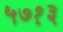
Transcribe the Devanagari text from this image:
५७१३